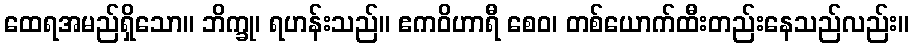
ထေရအမည်ရှိသော။ ဘိက္ခု၊ ရဟန်းသည်။ ဧကဝိဟာရီ စေဝ၊ တစ်ယောက်ထီးတည်းနေသည်လည်း။